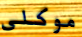
موكلى